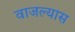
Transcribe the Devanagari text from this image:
वाजल्यास